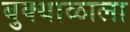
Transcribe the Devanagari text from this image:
बुक्याळाला